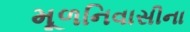
મૂળનિવાસીના